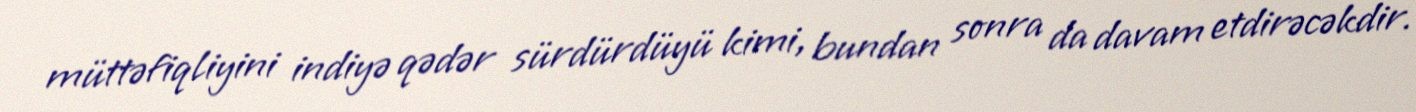
müttəfiqliyini indiyə qədər sürdürdüyü kimi, bundan sonra da davam etdirəcəkdir.